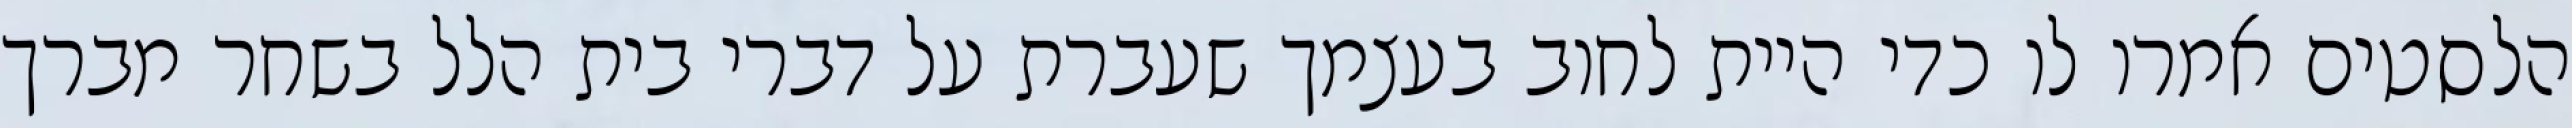
הלסטים אמרו לו כדי היית לחוב בעצמך שעברת על דברי בית הלל בשחר מברך